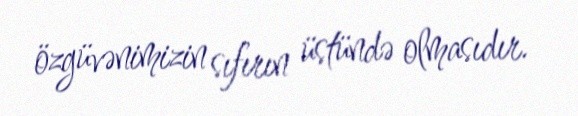
özgüvənimizin sıfırın üstündə olmasıdır.